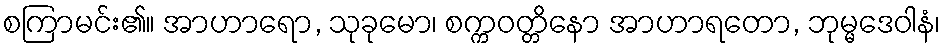
စကြာမင်း၏။ အာဟာရော, သုခုမော၊ စက္ကဝတ္တိနော အာဟာရတော, ဘုမ္မဒေဝါနံ၊